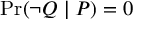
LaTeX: \operatorname* { P r } ( \lnot Q \mid P ) = 0